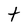
Character: t